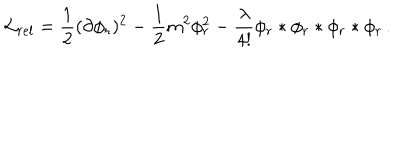
{ \cal L } _ { r e l } = \frac { 1 } { 2 } ( \partial \phi _ { r } ) ^ { 2 } - \frac { 1 } { 2 } m ^ { 2 } \phi _ { r } ^ { 2 } - \frac { \lambda } { 4 ! } \phi _ { r } * \phi _ { r } * \phi _ { r } * \phi _ { r } \, .